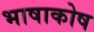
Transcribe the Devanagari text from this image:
भाषाकोष